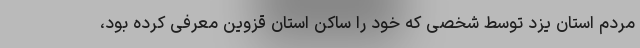
مردم استان یزد توسط شخصی که خود را ساکن استان قزوین معرفی کرده بود،